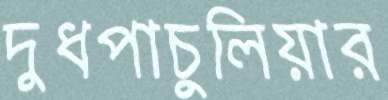
দুধপাচুলিয়ার